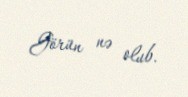
Görün nə olub.